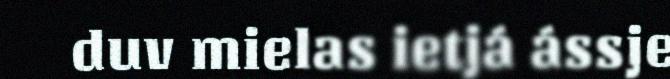
duv mielas ietjá ássje